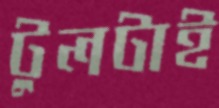
টুলটাই